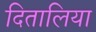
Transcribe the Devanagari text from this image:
दितालिया